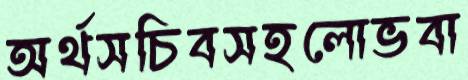
অর্থসচিবসহলোভবা